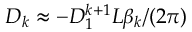
D _ { k } \approx - D _ { 1 } ^ { k + 1 } L \beta _ { k } / ( 2 \pi )